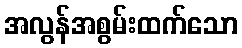
အလွန်အစွမ်းထက်သော